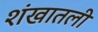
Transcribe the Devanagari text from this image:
शंखातली